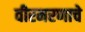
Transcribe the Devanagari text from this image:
वीरमरणाचे